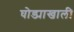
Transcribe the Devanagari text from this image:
घोड्याखाली